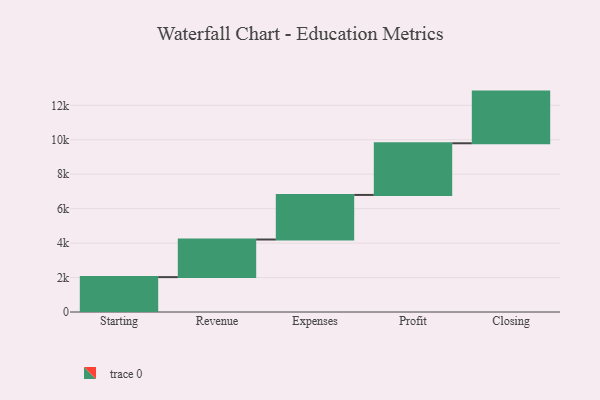
{"axis": {"x": "Step", "y": "Value"}, "legend": [""], "data": [{"x": "Starting", "y": 2025.0, "type": ""}, {"x": "Revenue", "y": 2184.0, "type": ""}, {"x": "Expenses", "y": 2588.0, "type": ""}, {"x": "Profit", "y": 3000, "type": ""}, {"x": "Closing", "y": 3000, "type": ""}]}